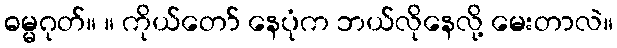
ဓမ္မဂုတ်။ ။ ကိုယ်တော် နေပုံက ဘယ်လိုနေလို့ မေးတာလဲ။